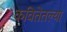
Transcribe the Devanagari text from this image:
कवितेतल्या